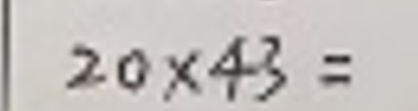
$20\times43 =$